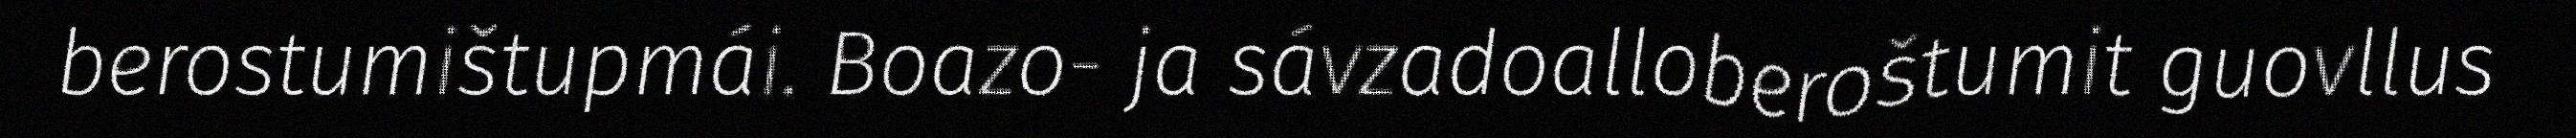
berostumištupmái. Boazo- ja sávzadoalloberoštumit guovllus